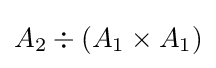
A_{2}\div (A_{1}\times A_{1})